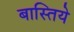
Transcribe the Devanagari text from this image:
बास्तिये